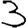
Digit: 3